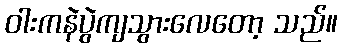
ဝါးကနဲပွဲကျသွားလေတော့ သည်။